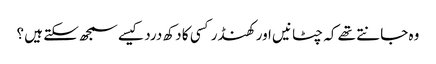
وہ جانتے تھے کہ چٹانیں اور کھنڈر کسی کا دکھ درد کیسے سمجھ سکتے ہیں ؟